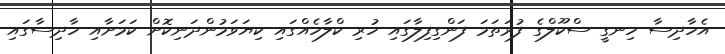
އެހާދިސާ ހިނގީ ސްކޫލްގެ ފުރަތަމަ ފަންގިފިލާގައި ހުރި ކްލާހެއްގައި ކިޔަވަމުންދަނިކޮށް ކަމަށާއި ހާދިސާގައި